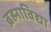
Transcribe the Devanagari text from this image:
ब्रह्माविद्या